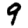
Digit: 9